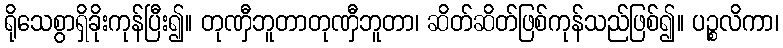
ရိုသေစွာရှိခိုးကုန်ပြီး၍။ တုဏှီဘူတာတုဏှီဘူတာ၊ ဆိတ်ဆိတ်ဖြစ်ကုန်သည်ဖြစ်၍။ ပဉ္စလိကာ၊